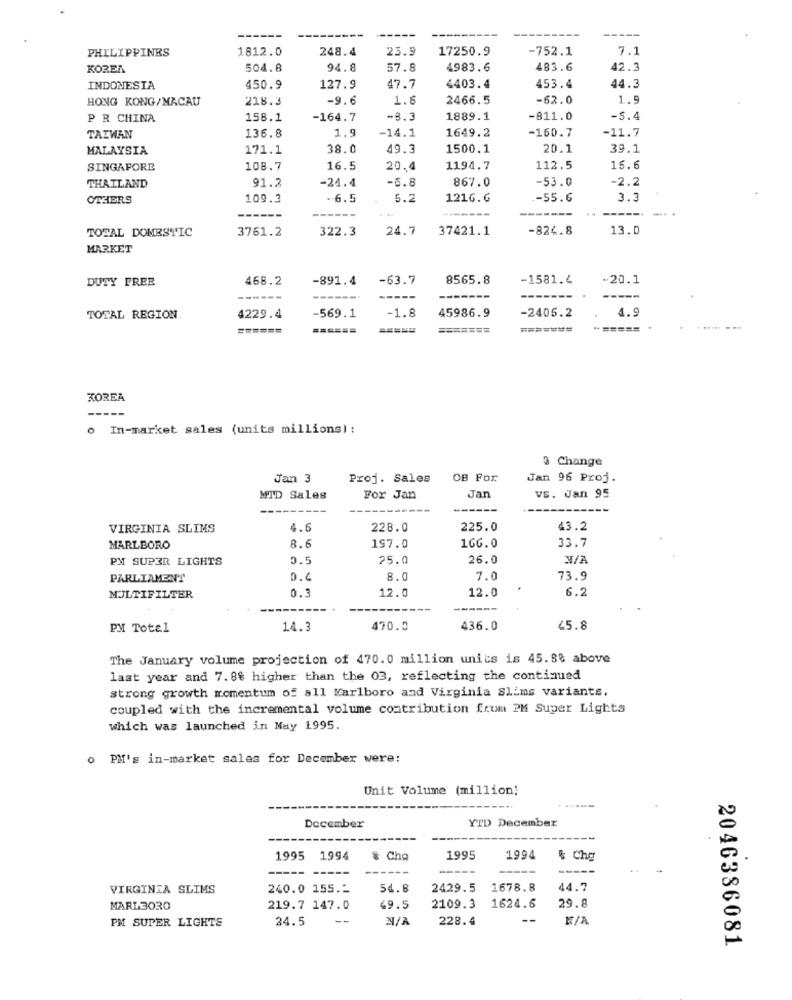
-----
------
PHILIPPINES
1812.0
248.4
23.5
17250.9
-752.1
7.1
KOREA
504.8
94.8
57.8
4983.6
483.6
42.3
INDONESIA
450.9
127.9
47.7
4403.4
453.4
44.3
HONG KONG/MACAU
218.3
-9.6
1.6
2466.5
-62.0
1.9
P R CHINA
158.1
-164.7
-8.3
1889.1
-811.0
-5.4
1.9
-11.7
TAIWAN
136.8
-14.1
1649.2
-160.7
MALAYSIA
171.1
38.0
49.3
1500.1
20.1
39.1
SINGAPORE
108.7
16.5
20.4
1194.7
112.5
16.6
-6.8
867.0
-53.0
-2.2
THAILAND
91.2
-24.4
OTHERS
109.3
6.5
5.2
1216.6
-55.6
3.3
------
-----
TOTAL DOMESTIC
3761.2
322.3
24.7
37421.1
-824.8
13.0
MARKET
DUTY FREE
468.2
-891.4
-63.7
8565.8
-1581.4
-20.1
------
---
-----
45986.9
-2405.2
4.9
TOTAL REGION
4229.4
-569.1
-1.8
======
======
=======
=======
=====
KOREA
-----
o In-market sales (units millions) :
& Change
Jan 3
Proj. Sales
OB For
Jan 96 Proj.
MTD Sales
For Jan
Jan
VS. Jan 95
------
VIRGINIA SLIMS
4.6
228.0
225.0
43.2
33.7
MARLBORO
8.6
197.0
1GG.0
PM SUPER LIGHTS
0.5
25.0
26.0
PARLIAMENT
0.0
8.0
7.0
73.9
12.0
12.0
6.2
MULTIFILTER
0
-----
PM Total
14.3
470.0
436.0
45.8
The January volume projection of 470.0 million units is 45.88 above
last year and 7.8% higher than the 03, reflecting the continued
strong growth momentum of all Marlboro and Virginia Slims variants.
coupled with the incremental volume contribution from PM Super Lights
which was launched in May 1995.
o PM's in-market sales for December were:
Unit Volume (million;
YTD December
December
1995
1994
& Cha
1995
1994
& Che
VIRGINIA SLIMS
240.0 155 .-
54.8
2429.5
1678.8
44.7
MARL3030
219.7 147.0
49.5
Y/K
2109.3
1624.6
29.8
PM SUPER LIGHTS
24.5
--
228.4
--
2046386081